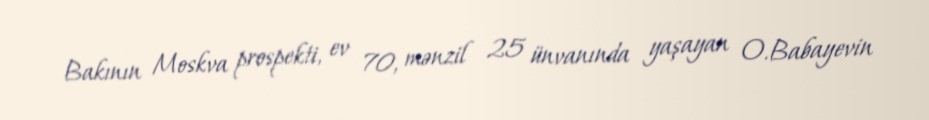
Bakının Moskva prospekti, ev 70, mənzil 25 ünvanında yaşayan O.Babayevin